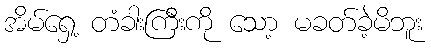
အိမ်ရှေ့ တံခါးကြီးကို သော့ မခတ်ခဲ့မိဘူး